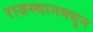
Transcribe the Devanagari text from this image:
राजस्थानमधुन